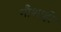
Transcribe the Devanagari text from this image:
नौशाही